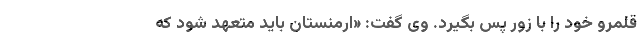
قلمرو خود را با زور پس بگیرد. وی گفت: «ارمنستان باید متعهد شود که